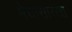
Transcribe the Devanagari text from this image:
मेघासारखा